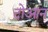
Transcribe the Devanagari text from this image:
दोआन